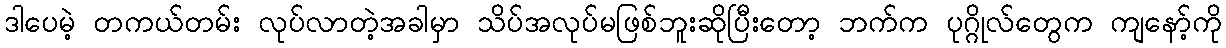
ဒါပေမဲ့ တကယ်တမ်း လုပ်လာတဲ့အခါမှာ သိပ်အလုပ်မဖြစ်ဘူးဆိုပြီးတော့ ဘက်က ပုဂ္ဂိုလ်တွေက ကျနော့်ကို